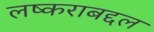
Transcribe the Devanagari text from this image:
लष्कराबद्दल